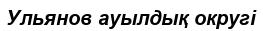
Ульянов ауылдық округі